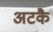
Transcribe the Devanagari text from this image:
अटकै